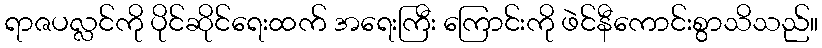
ရာဇပလ္လင်ကို ပိုင်ဆိုင်ရေးထက် အရေးကြီး ကြောင်းကို ဖဲင်နီကောင်းစွာသိသည်။